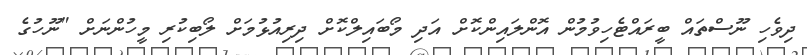
ދިވެހި ނޫސްތައް ބީރައްޓެހިވުމުން އޮންލައިންކޮށް އަދި މޯބައިލްކޮށް ދިރިއުޅުމަށް ލޯބިކުރި މީހުންނަށް "ނޫހުގެ